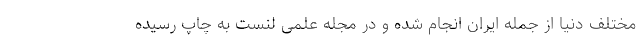
مختلف دنیا از جمله ایران انجام شده و در مجله علمی لنست به چاپ رسیده